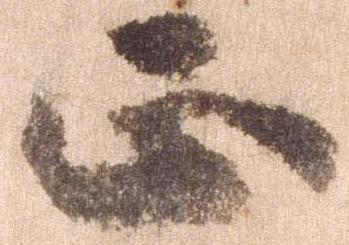
正